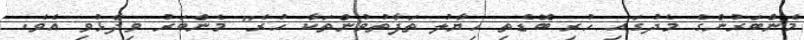
މެންބަރުންގެ މެދުގައި ހުރި ބޮޑެތި ހިޔާލު ތަފާތުވުންތަކާ ހުރެ" މެންބަރު ވިދާޅުވި އެވެ.